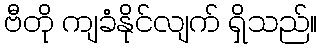
ဗီတို ကျခံနိုင်လျက် ရှိသည်။